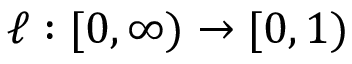
\ell : [ 0 , \infty ) \to [ 0 , 1 )